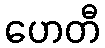
ဟေတီ